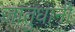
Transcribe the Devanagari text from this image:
जातुधानी